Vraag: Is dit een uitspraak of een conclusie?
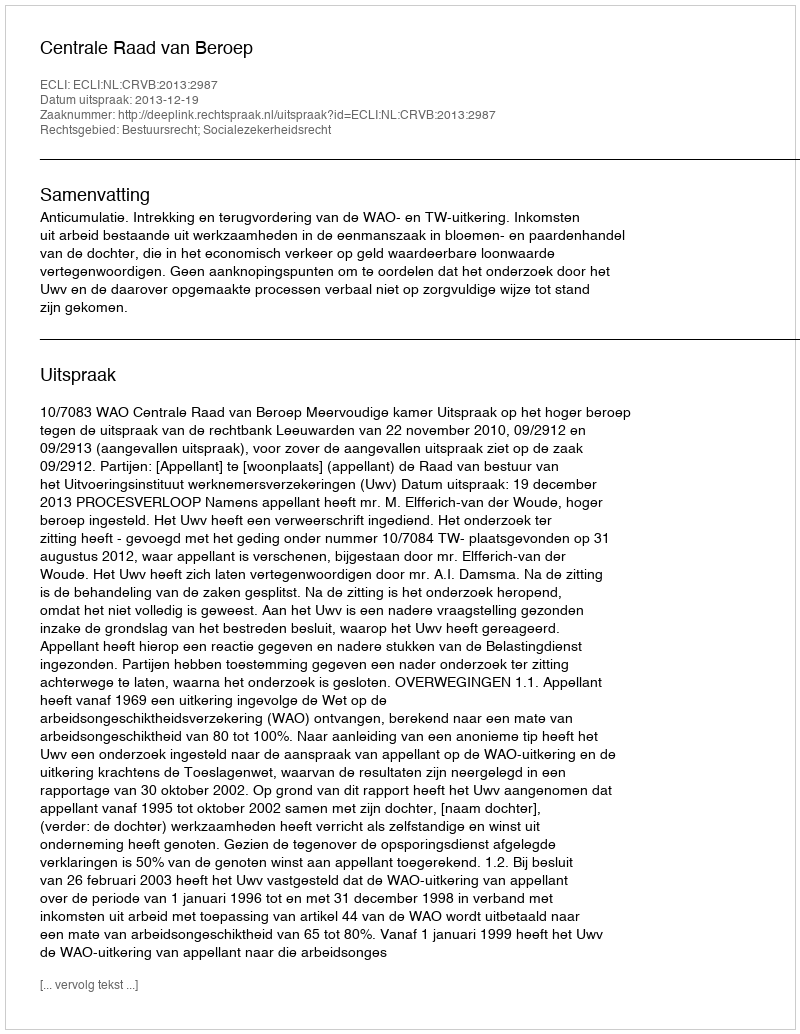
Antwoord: Uitspraak